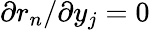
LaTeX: {\partial r_{n}}/{\partial y_{j}}=0